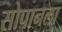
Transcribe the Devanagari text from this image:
सोपानला